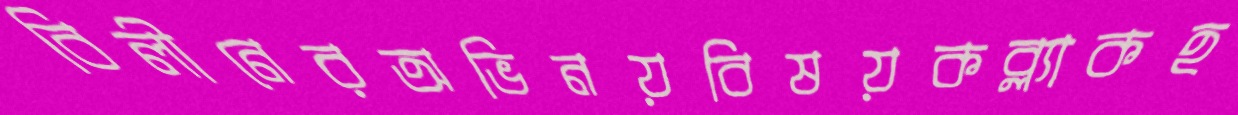
বিলীনেরঅভিনয়বিষয়কব্ল্যাকহ